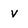
Character: v